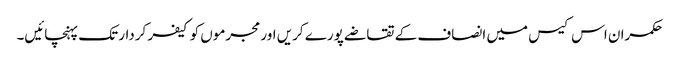
حکمران اس کیس میں انصاف کے تقاضے پورے کریں اور مجرموں کو کیفر کردار تک پہنچائیں۔